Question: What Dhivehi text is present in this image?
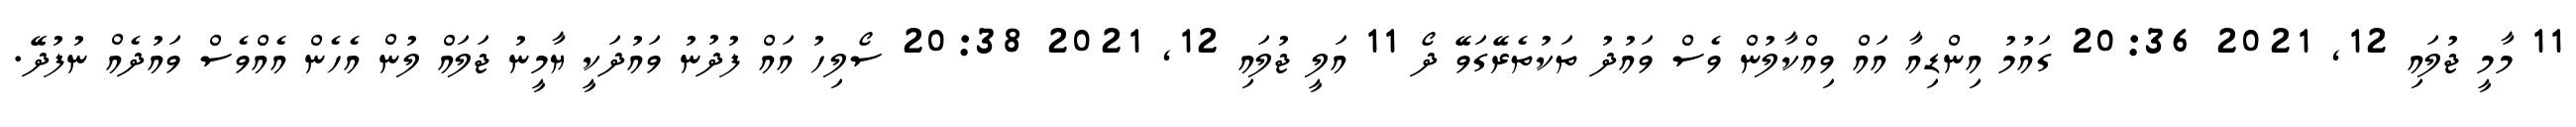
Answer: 11 މާމީ ޖުލައި 12, 2021 20:36 ގައުމު އިންޑިއާ އައް ވިއްކާލުން ވެސް ވައުދު ތަކުތެރޭގަވޭ ދޯ 11 އަލީ ޖުލައި 12, 2021 20:38 ސޯލިހު އައް ފުދުނު ވައުދަކީ ޔާމީނު ޖަލައް ލުން އެހެން އެއްވެސް ވައުދެއް ނުފުދޭ.